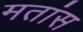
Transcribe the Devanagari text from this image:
मतांस